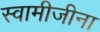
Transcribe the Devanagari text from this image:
स्वामीजीना